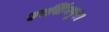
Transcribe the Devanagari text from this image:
हरसिंगपुर।